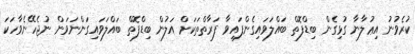
ކުރެވުނު އިޢުލާނާ ގުޅިގެން ބިޑްފޮތް ބައްލަވައިގެންފައިވާ ފަރާތްތަކަށް އަލުން ބިޑްފޮތް ބައްލަވައިގަންނަވަން ނުޖެހޭނެވާހަކަ